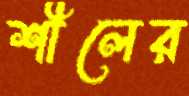
শীলের